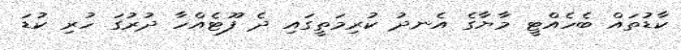
ކާޑުތައް ބެހެއްޓީ މާޔާގެ އެނދު ކުރިމަތީގައި ދެ ފޫޓެއްހާ ދުރުގަ ހުރި ކުޑަ